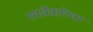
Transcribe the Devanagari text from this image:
स्पर्धेकरिता